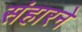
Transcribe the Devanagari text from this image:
संहारने